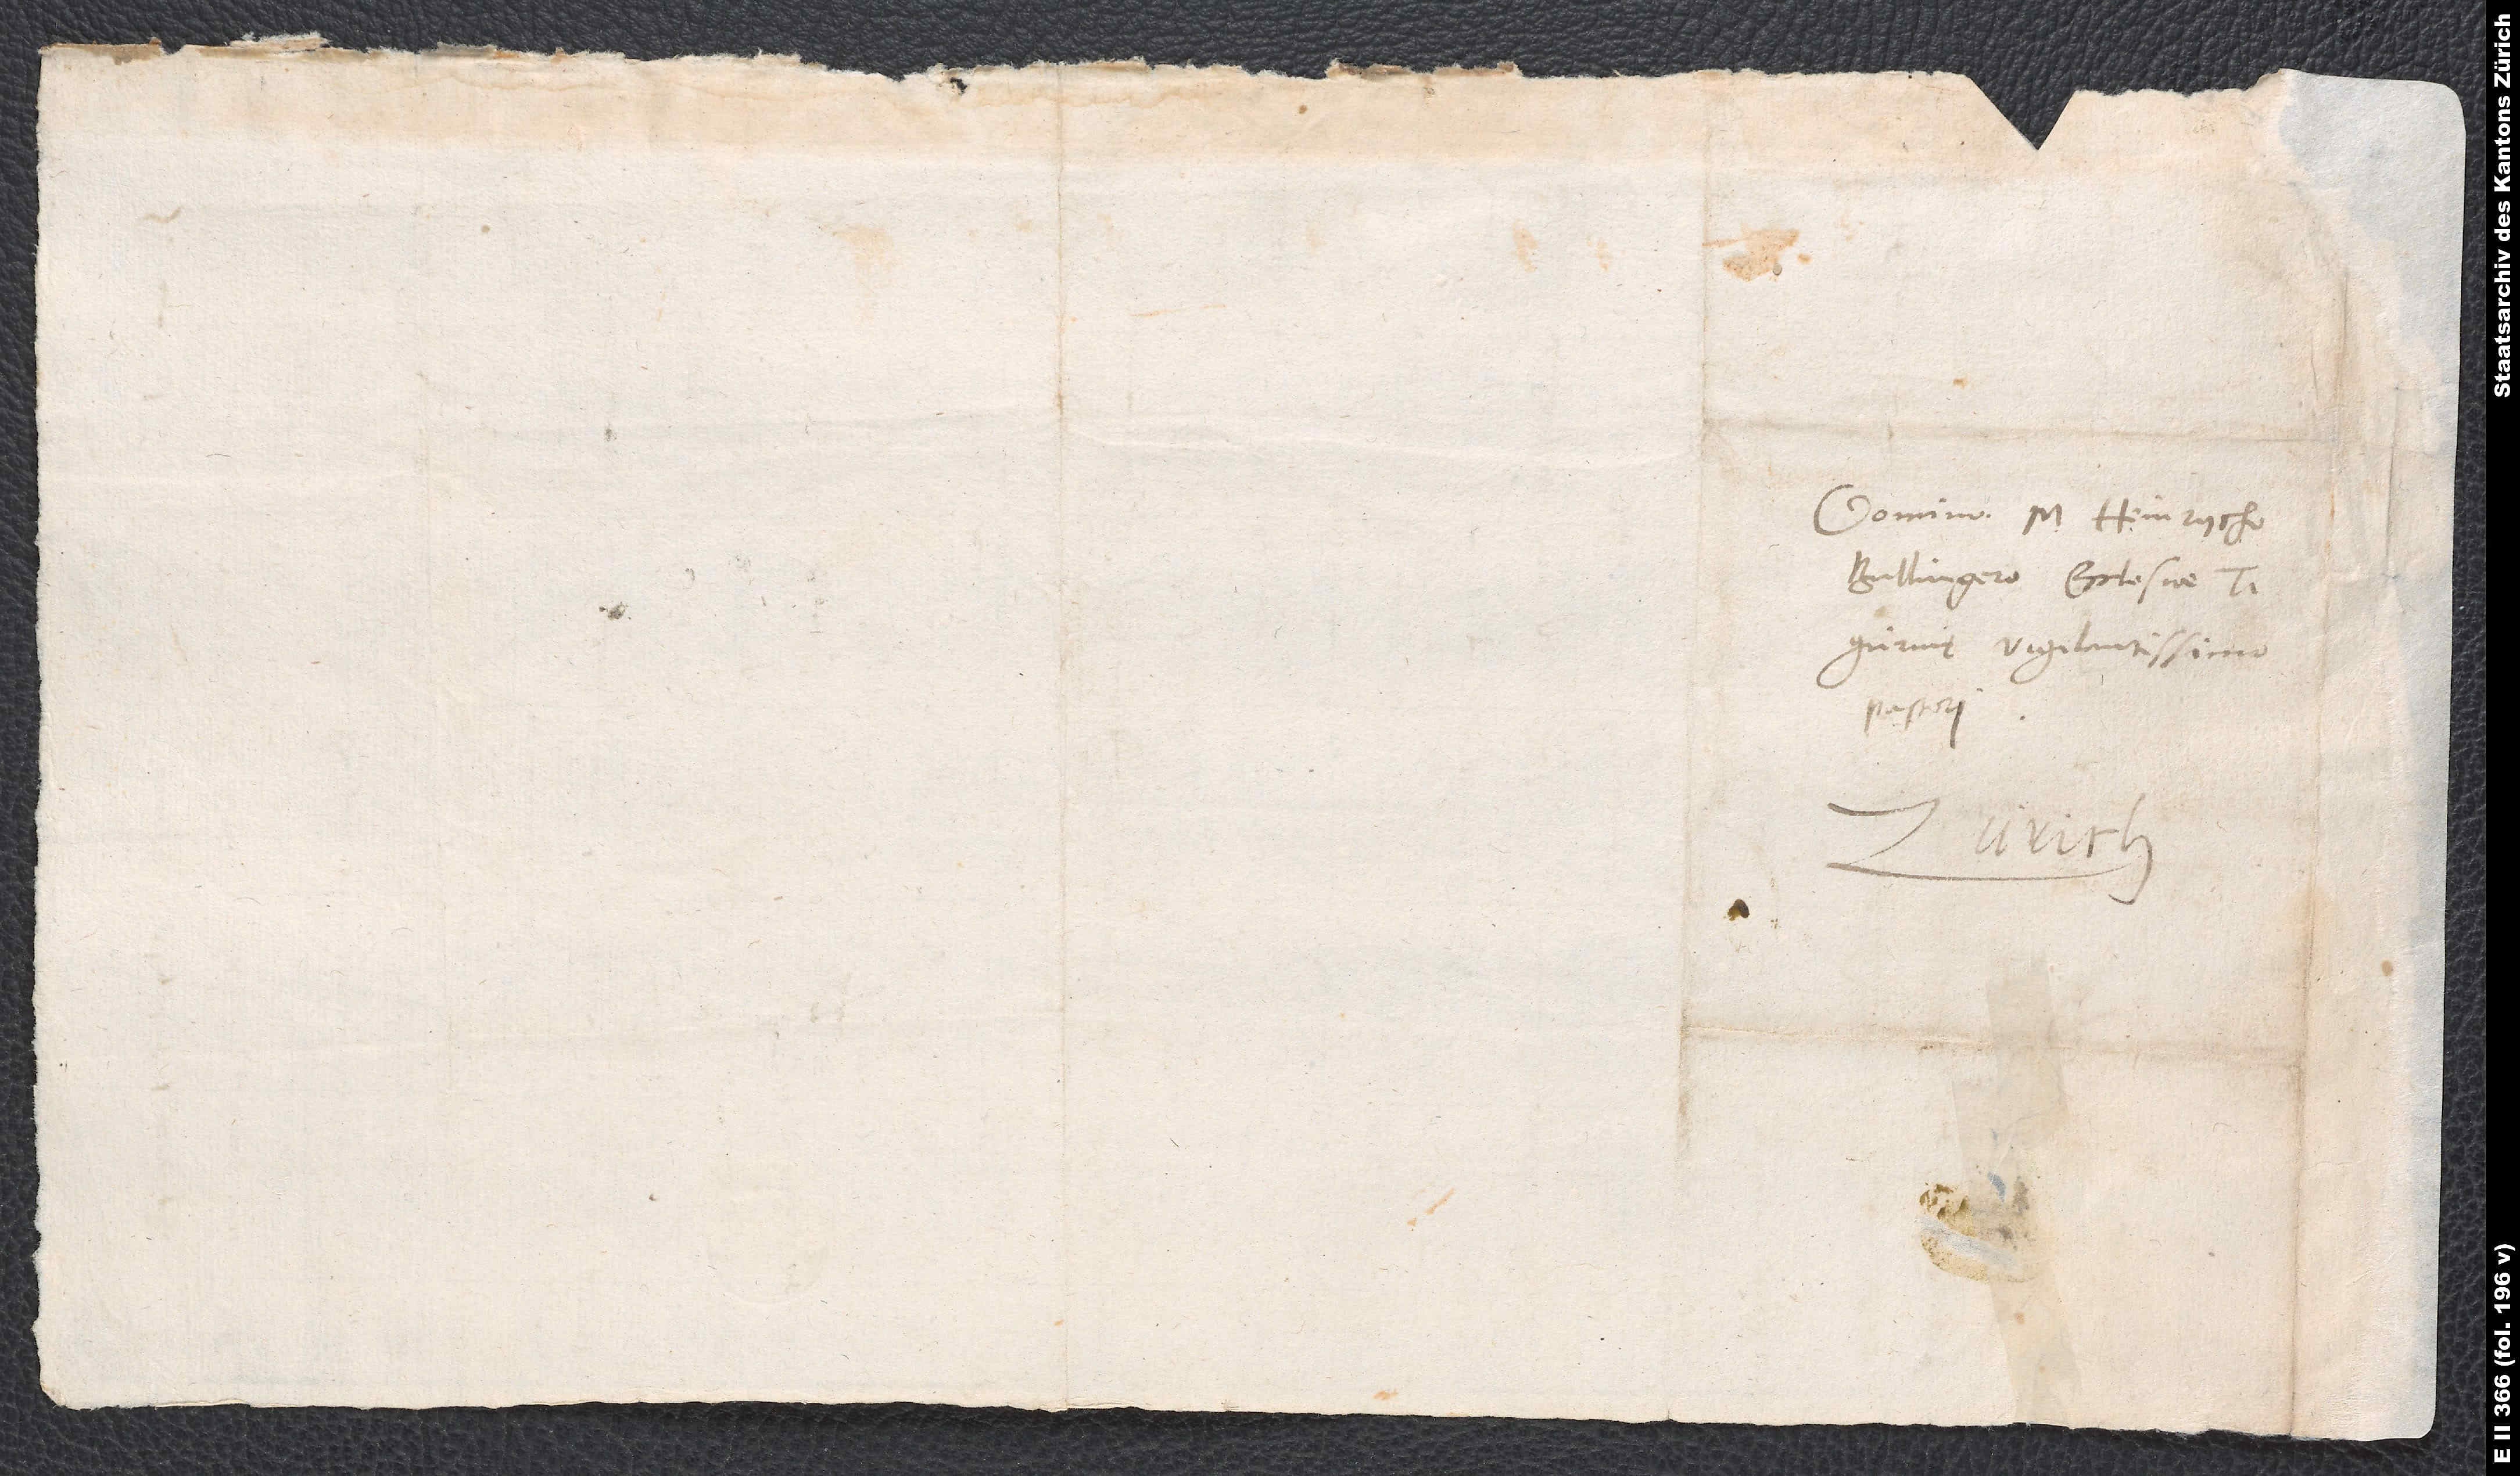
Domino m. Heinrycho
Bullingero, ecclesiae
Tigurinę vigilantissimo
pastori.
Zürich.